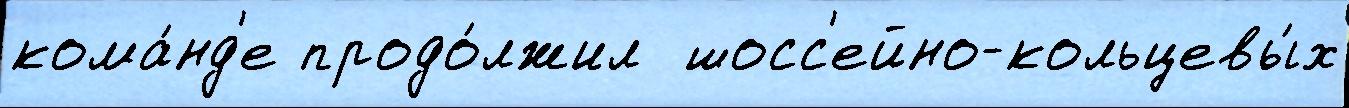
кома́нд'е продо́лжил  шосс'ейно-кольцевы́х